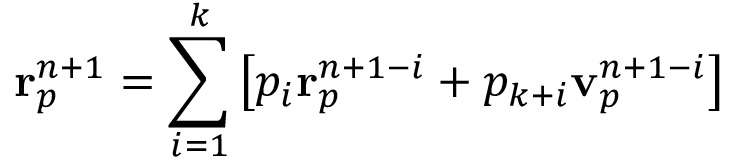
\mathbf { r } _ { p } ^ { n + 1 } = \sum _ { i = 1 } ^ { k } \left[ p _ { i } \mathbf { r } _ { p } ^ { n + 1 - i } + p _ { k + i } \mathbf { v } _ { p } ^ { n + 1 - i } \right]